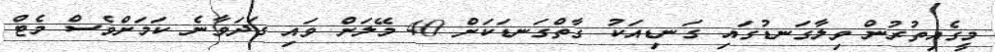
މީގެއިތުރުން ވިލާގަނޑުގައި ގަނޑިއަކު ގާތްގަނޑަކަށް 40 މޭލަށް ވައި ގަދަވާނެ ކަމަށްވެސް މެޓް